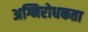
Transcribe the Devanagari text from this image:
अग्निरोधकता